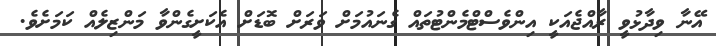
އޭނާ ވިދާޅުވީ ރާއްޖެއަކީ އިންވެސްޓްމެންޓުތައް ގެނައުމަށް ވަރަށް ބޮޑަށް އެކަށީގެންވާ މަންޒިލެއް ކަމަށެވެ.